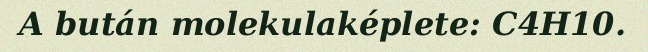
A bután molekulaképlete: C4H10.